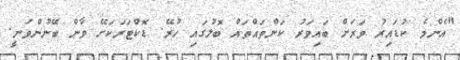
"އެންމެ ކުޑައިރު ވަރަށް ބައިވަރު ކަންތައްތައް ބޮލުގައި ހުރޭ. ޑޮކްޓަރަކަށޭ ވާން ބޭނުންވަނީ.